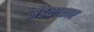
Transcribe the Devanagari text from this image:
मंडळाकार